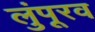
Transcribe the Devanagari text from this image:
लुंपूरव